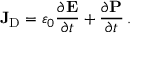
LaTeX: \mathbf { J } _ { \mathrm { D } } = \varepsilon _ { 0 } { \frac { \partial \mathbf { E } } { \partial t } } + { \frac { \partial \mathbf { P } } { \partial t } } \, .